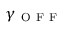
\gamma _ { \mathrm { ~ O ~ F ~ F ~ } }